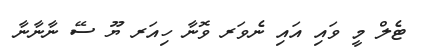
ޓެލް މީ ވައި އައި ނެވަރ ވޮނާ ހިއަރ ޔޫ ސޭ ނާނާނާ